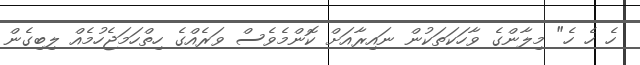
ހެ ހެ ހެ" މިލާންގެ ވާހަކަތަކުން ނައިރާއަށް ކޮންމެވެސް ވަރެއްގެ ހިތްހަމަޖެހުމެއް ލިބިގެން